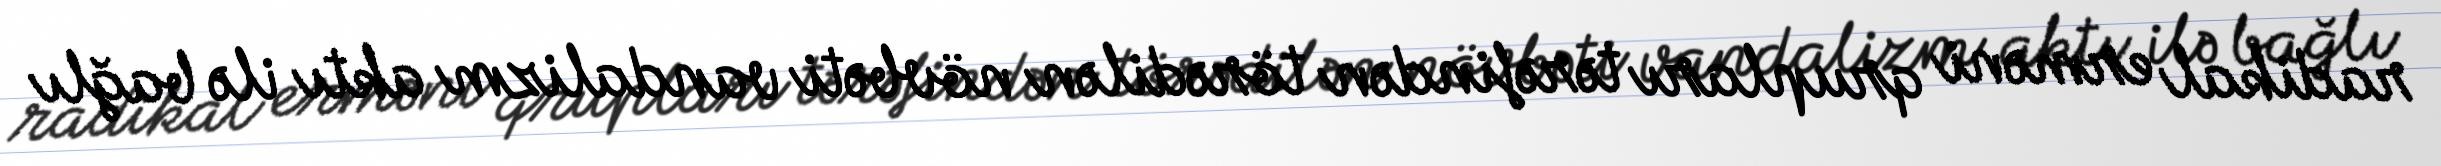
radikal erməni qrupları tərəfindən törədilən növbəti vandalizm aktı ilə bağlı